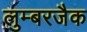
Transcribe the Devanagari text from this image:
लुम्बरजैक